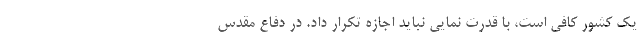
یک کشور کافی است، با قدرت نمایی نباید اجازه تکرار داد. در دفاع مقدس